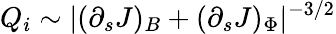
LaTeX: Q_{i}\sim|(\partial_{s}J)_{B}+(\partial_{s}J)_{\Phi}|^{-3/2}